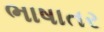
ભાષાતર